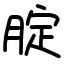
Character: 腚